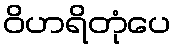
ဝိဟရိတုံပေ